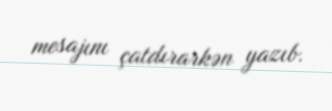
mesajını çatdırarkən yazıb.